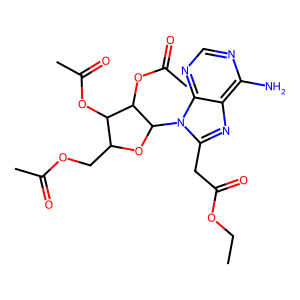
SMILES: CCOC(=O)Cc1nc2c(N)ncnc2n1C1OC(COC(C)=O)C(OC(C)=O)C1OC(C)=O
Inhibits HIV replication: No